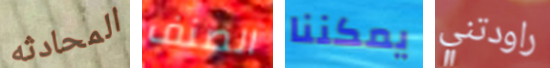
المحادثه الصنف يمكننا راودتني